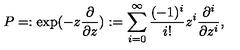
P = : \exp ( - z \frac { \partial } { \partial z } ) : = \sum _ { i = 0 } ^ { \infty } \frac { ( - 1 ) ^ { i } } { i ! } z ^ { i } \frac { \partial ^ { i } } { \partial z ^ { i } } ,